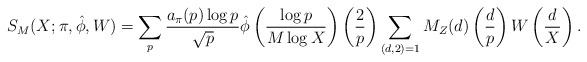
\begin{align*} S_M(X; \pi, \hat{\phi}, W) = \sum_{p} \frac {a_{\pi}(p)\log p}{\sqrt {p}} \hat{\phi} \left( \frac {\log p}{M\log X} \right) \left( \frac{2}{p} \right)\sum_{(d,2)=1}M_Z(d)\left( \frac{d}{p} \right) W\left( \frac{d}{X} \right).\end{align*}